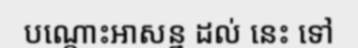
បណ្តោះអាសន្ន ដល់ នេះ ទៅ